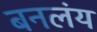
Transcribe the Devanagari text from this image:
बनलंय